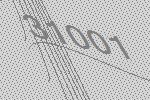
31001